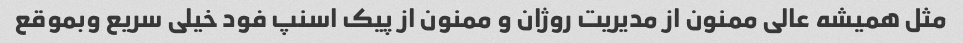
مثل همیشه عالی ممنون از مدیریت روژان و ممنون از پیک اسنپ فود خیلی سریع وبموقع